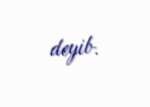
deyib.